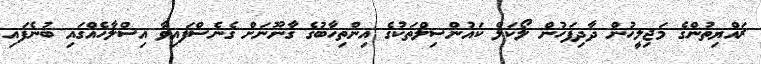
ރައްޔިތުންގެ މަޖިލީހުން ދާދިފަހުން ލޯކަލް ކައުންސިލްތަކުގެ އިންތިހާބުގެ ގާނޫނަށް ގެނެސްފައިވާ އިސްލާހެއްގައި ބުނެފައި